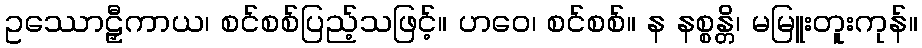
ဥဿောဠှီကာယ၊ စင်စစ်ပြည့်သဖြင့်။ ဟဝေ၊ စင်စစ်။ န နစ္စန္တိ၊ မမြူးတူးကုန်။